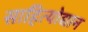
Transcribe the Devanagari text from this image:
साहित्योद्यान